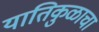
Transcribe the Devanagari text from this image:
यातिकुळाचा